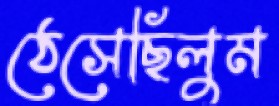
ঠেসেছিলুম